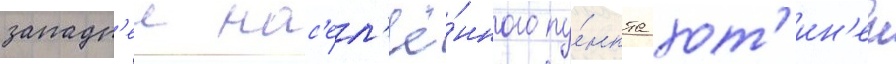
западн'ее нас'ел'ё́нного пу́нкта хот'ин'ен